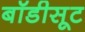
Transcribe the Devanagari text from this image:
बॉडीसूट